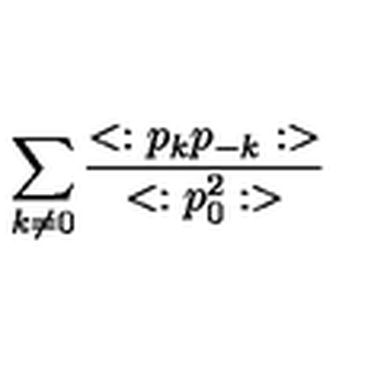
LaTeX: \sum _ { k \neq 0 } { \frac { < : p _ { k } p _ { - k } : > } { < : p _ { 0 } ^ { 2 } : > } }